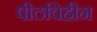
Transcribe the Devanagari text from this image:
पीठविहीन